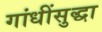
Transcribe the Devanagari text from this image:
गांधींसुद्धा